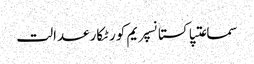
سماعتپاکستانسپریم کورٹکارعدالت